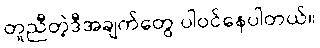
တူညီတဲ့ဒီအချက်တွေ ပါဝင်နေပါတယ်။